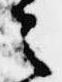
之